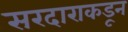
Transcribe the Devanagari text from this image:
सरदाराकडून